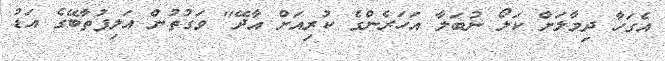
އެގަހާ ދިމާލަށް ކަލޯ ނުބަލާ އަހަރެންގެ ކުރިއަށް އާދޭ" ވަގުތުން އަލިފުތާބޭގެ އަޑު